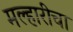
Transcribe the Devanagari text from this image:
मल्हारीचा